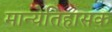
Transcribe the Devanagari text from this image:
मान्येतिहासक